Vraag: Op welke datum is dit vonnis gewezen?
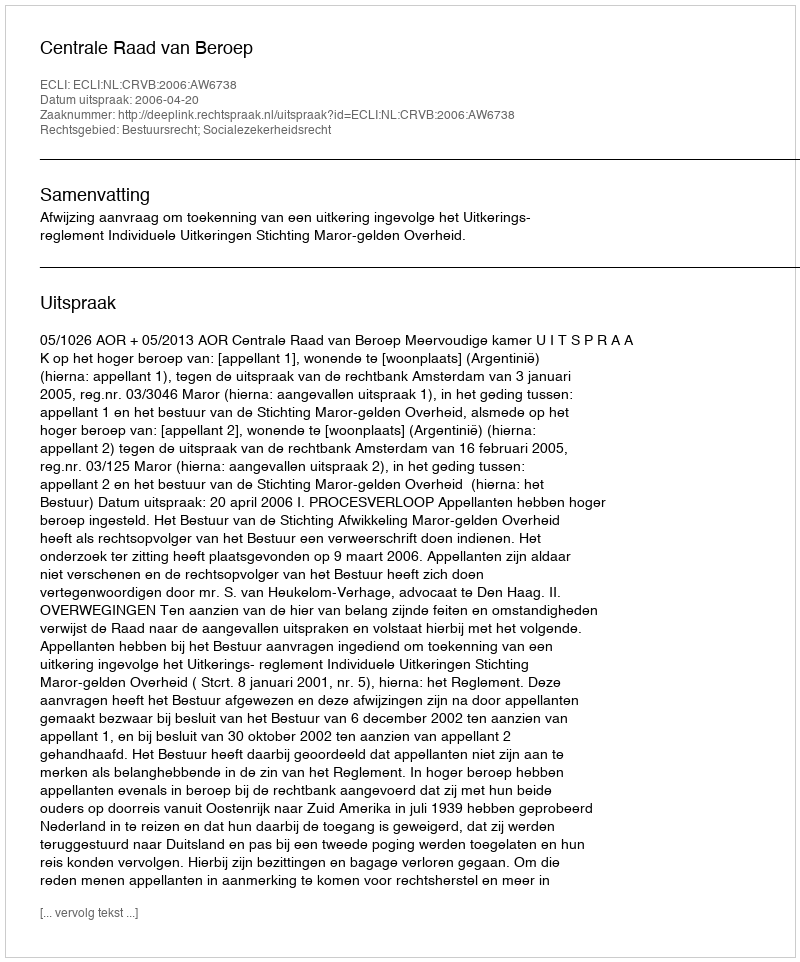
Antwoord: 2006-04-20